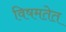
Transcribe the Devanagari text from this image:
विषमतेत